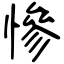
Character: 慘